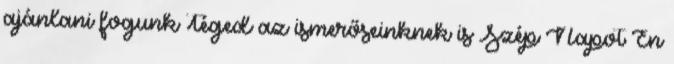
ajánlani fogunk Téged az ismerőseinknek is Szép Napot Én